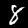
Label: 8